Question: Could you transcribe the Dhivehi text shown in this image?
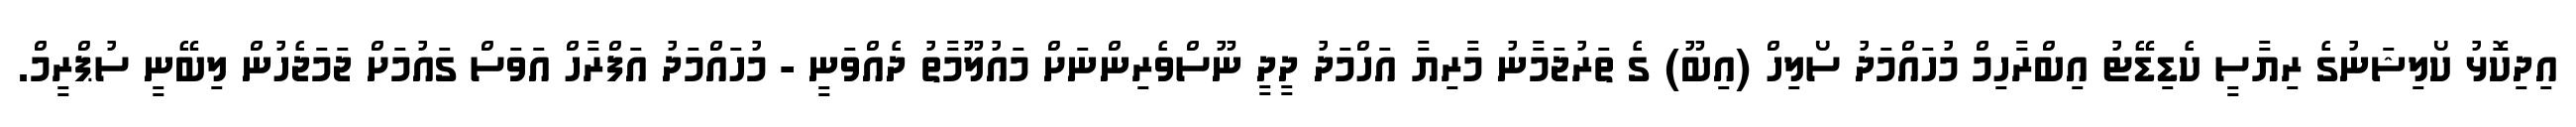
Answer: އިދިކޮޅު ކޯލިޝަނުގެ ރިޔާސީ ކެޑިޑޭޓު އިބްރާހިމް މުހައްމަދު ސޯލިހް (އިބޫ) ގެ ތަރުޖަމާނު މާރިޔާ އަހްމަދު ދީދީ ނޫސްވެރިންނަށް މައުލޫމާތު ދެއްވަނީ - މުހައްމަދު އަފްރާހް އަވަސް ގައުމަށް ޖަމަޖެހުން ލިބޭނީ ސުޕްރީމް.